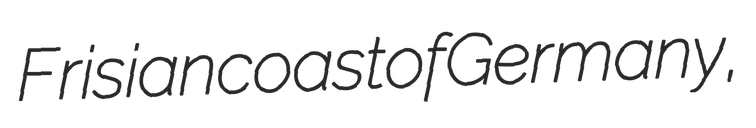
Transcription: Frisian coast of Germany,